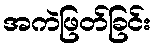
အကဲဖြတ်ခြင်း